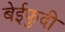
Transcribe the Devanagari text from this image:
बेईफुदी